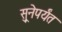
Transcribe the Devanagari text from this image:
सुूनेपर्यंत